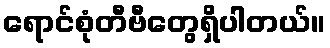
ရောင်စုံတီဗီတွေရှိပါတယ်။